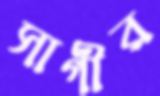
সাগীর